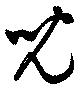
児